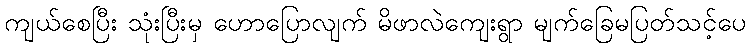
ကျယ်စေပြီး သုံးပြီးမှ ဟောပြောလျက် မိဖာလဲကျေးရွာ မျက်ခြေမပြတ်သင့်ပေ